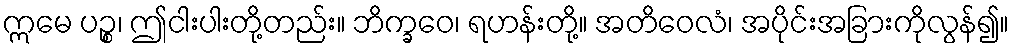
ဣမေ ပဉ္စ၊ ဤငါးပါးတို့တည်း။ ဘိက္ခဝေ၊ ရဟန်းတို့။ အတိဝေလံ၊ အပိုင်းအခြားကိုလွန်၍။